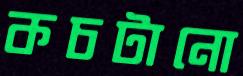
কচটানো